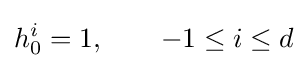
h_{0}^{i}=1,\qquad -1\leq i\leq d